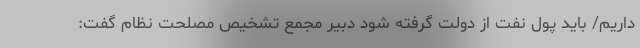
داریم/ باید پول نفت از دولت گرفته شود دبیر مجمع تشخیص مصلحت نظام گفت: